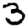
Digit: 3